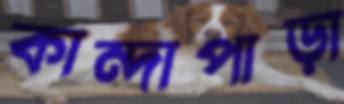
কান্দাপাড়া